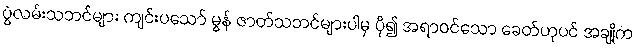
ပွဲလမ်းသဘင်များ ကျင်းပသော် မွန် ဇာတ်သဘင်များပါမှ ပို၍ အရာဝင်သော ခေတ်ဟုပင် အချို့က